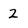
Character: 2